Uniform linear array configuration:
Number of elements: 16
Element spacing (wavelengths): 0.75
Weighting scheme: blackman
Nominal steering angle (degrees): -45
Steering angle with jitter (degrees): -46.512
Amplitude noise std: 0.05
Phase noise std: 0.05

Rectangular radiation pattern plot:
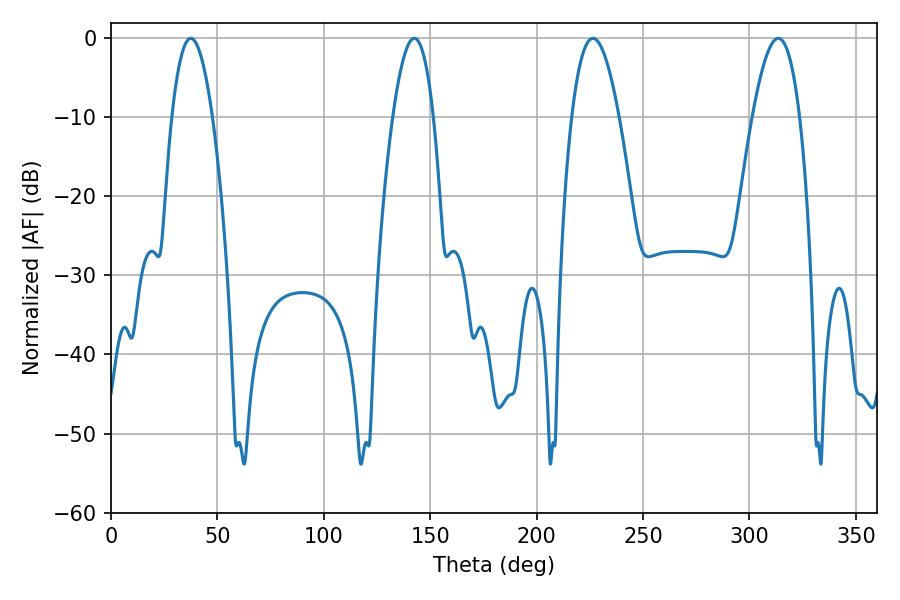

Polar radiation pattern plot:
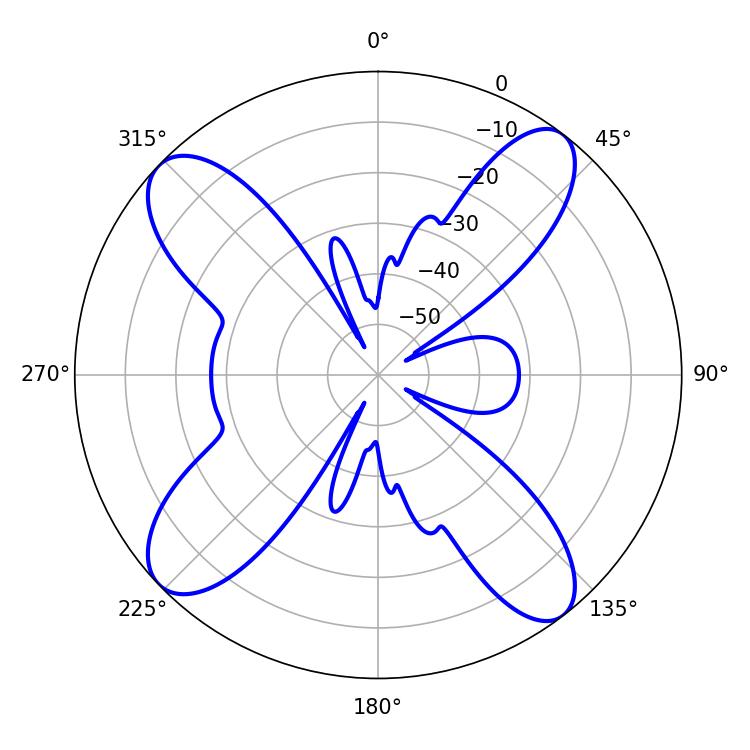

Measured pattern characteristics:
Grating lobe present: TRUE
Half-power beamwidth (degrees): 12.24
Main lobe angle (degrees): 226.44